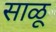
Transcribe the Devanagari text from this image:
साळू